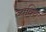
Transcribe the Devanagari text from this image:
व्यक्थि